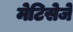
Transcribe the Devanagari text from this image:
मेटिसेजे